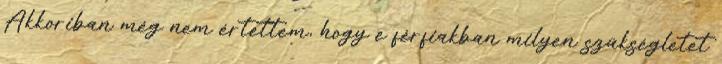
Akkoriban még nem értettem, hogy e férfiakban milyen szükségletet